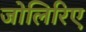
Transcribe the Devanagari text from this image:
जोलिरिए